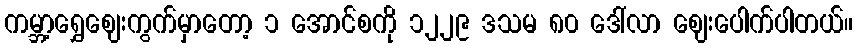
ကမ္ဘာ့ရွှေဈေးကွက်မှာတော့ ၁ အောင်စကို ၁၂၂၉ ဒသမ ၈၀ ဒေါ်လာ ဈေးပေါက်ပါတယ်။